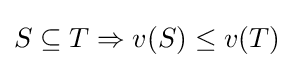
S\subseteq T\Rightarrow v(S)\leq v(T)